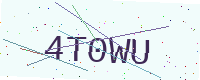
Text: 4T0WU